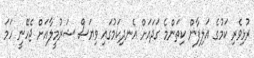
ރުޅިވެރި ކަމުގެ އަލިފާން ކިތަންމެ ގަދައަށް އެނދިކަމުގައި ވިޔަސް ޝަރުމީލާއަށް ޖެހޭނީ ހަމަ